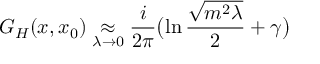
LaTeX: G _ { H } ( x , x _ { 0 } ) \mathrel { \mathop { \approx } _ { \lambda \rightarrow 0 } } { \frac { i } { 2 \pi } } \bigl ( \ln { \frac { \sqrt { m ^ { 2 } \lambda } } { 2 } } + \gamma \bigr )